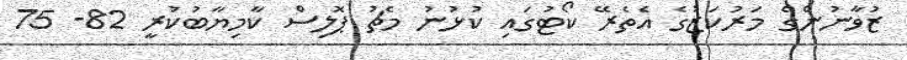
ޒުވާނުންގެ މަރުކަޒުގެ އެތެރޭ ކޯޓުގައި ކުޅުނު މެޗު ޕޮލިސް ކާމިޔާބުކުރީ 82- 75